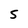
Character: S